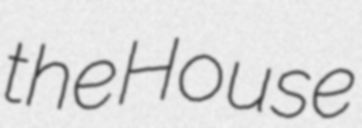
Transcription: the House